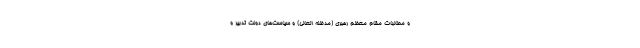
و مطالبات مقام معظم رهبری (مدظله العالی) و سیاست‌های دولت تدبیر و